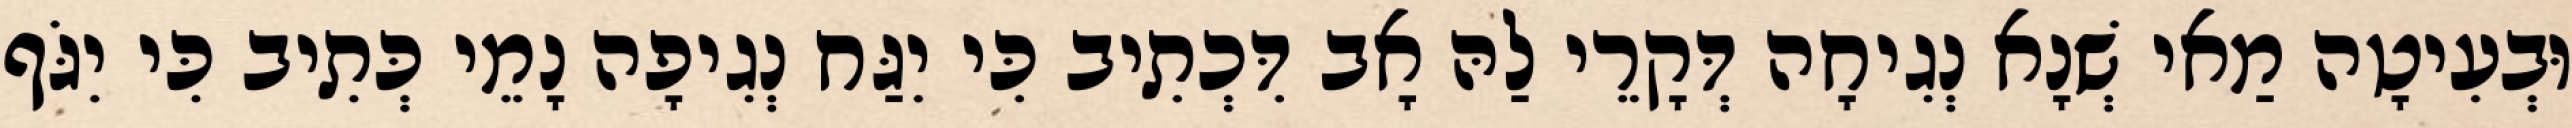
וּבְעִיטָה מַאי שְׁנָא נְגִיחָה דְּקָרֵי לַהּ אָב דִּכְתִיב כִּי יִגַּח נְגִיפָה נָמֵי כְּתִיב כִּי יִגֹּף